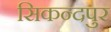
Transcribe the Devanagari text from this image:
सिकन्दपुर